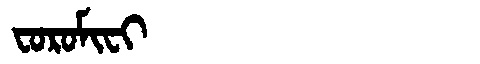
Manchu: ᠸᠣᡵᠣᠮᡳᠸᡳ
Romanization: FOROMIFI